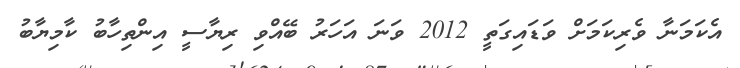
އެކަމަނާ ވެރިކަމަށް ވަޑައިގަތީ 2012 ވަނަ އަހަރު ބޭއްވި ރިޔާސީ އިންތިހާބު ކާމިޔާބު